Report on vaccination North-West Frontier Province 1904-1922 - 1904-1922
Year: 1904
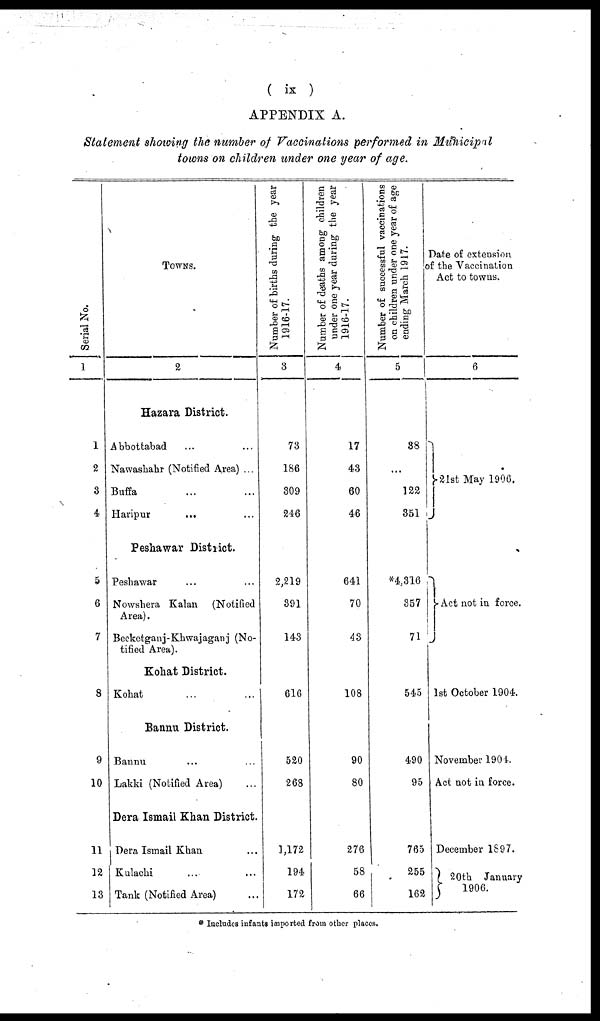
( ix )
APPENDIX A.
Statement showing the number of Vaccinations performed in Municipal
towns on children under one year of age.
Serial No.
1
1
2
3
4
5
6
7
8
9
10
11
12
13
TOWNS.
2
Hazara District.
Abbottabad ... ...
Nawashahr (Notified Area) ...
Buffa ... ...
Haripur ... ...
Peshawar District.
Peshawar ... ...
Nowshera Kalan
(Notified
Area).
Becketganj-Khwajaganj (No-
tified Area).
Kohat District.
Kohat ... ...
Bannu District.
Bannu ... ...
Lakki (Notified Area) ...
Dera Ismail Khan District.
Dera Ismail Khan ...
Kulachi ... ...
Tank (Notified Area) ...
Number of births during the year
1916-17.
3
73
186
309
246
2,219
391
143
616
520
268
1,172
194
172
Number of deaths among children
under one year during the year
1916-17.
4
17
43
60
46
641
70
43
108
90
80
276
58
66
Number of successful vaccinations
on children under one year of age
ending March 1917.
5
38
...
122
351
*4,316
357
71
545
490
95
765
255
162
Date of extension.
of the Vaccination
Act to towns.
6
21st May 1906.
Act not in force.
1st October 1904.
November 1904.
Act not in force.
December 1897.
20th January
1906.
* Includes infants imported from other places.